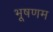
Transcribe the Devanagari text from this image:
भूषणम